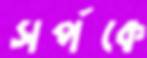
সর্পকে